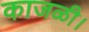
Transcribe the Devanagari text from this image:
काजळी।